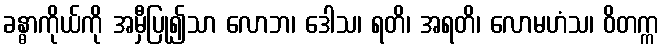
ခန္ဓာကိုယ်ကို အမှီပြု၍သာ လောဘ၊ ဒေါသ၊ ရတိ၊ အရတိ၊ လောမဟံသ၊ ဝိတက္က